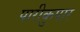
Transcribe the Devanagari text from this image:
पारीकुपार